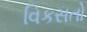
વિકસતો